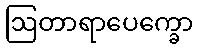
ဩတာရာပေက္ခော